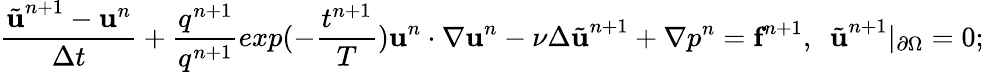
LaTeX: \frac{\tilde{\textbf{u}}^{n+1}-\textbf{u}^{n}}{\Delta t}+\frac{q^{n+1}}{q^{n+1}}{{exp}(-\frac{t^{n+1}}{T})}\textbf{u}^{n}\cdot\nabla\textbf{u}^{n}-\nu\Delta\tilde{\textbf{u}}^{n+1}+\nabla p^{n}=\textbf{f}^{n+1},\ \ \tilde{\textbf{u}}^{n+1}|_{\partial\Omega}=0;